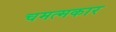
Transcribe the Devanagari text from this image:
चमत्मकार